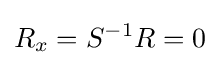
R_{x}=S^{-1}R=0